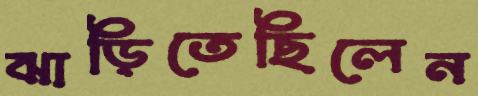
ঝাড়িতেছিলেন